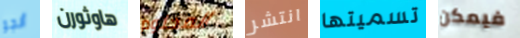
أنجو هاوثورن المحتوم انتشر تسميتها فيمكن